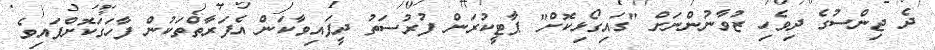
ދެ ޖިންސުގެ ދިވެހި ޒުވާނުންނަށް "ގައިގޯޅިކޮށް" ޕާޓީކުރަން ފުރުސަތު ދީފައިވާކަން އެފަރާތްތަކުން ފާހަގަކޮށްފައިވެ